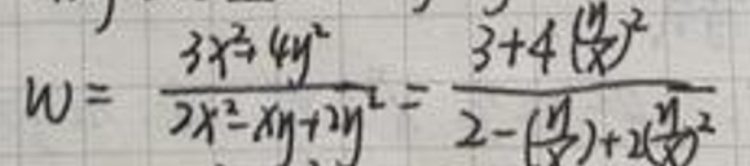
\[
w = \frac{3x^{2}+4y^{2}}{2x^{2}-xy + 2y^{2}}=\frac{3 + 4(\frac{y}{x})^{2}}{2-(\frac{y}{x})+2(\frac{y}{x})^{2}}
\]